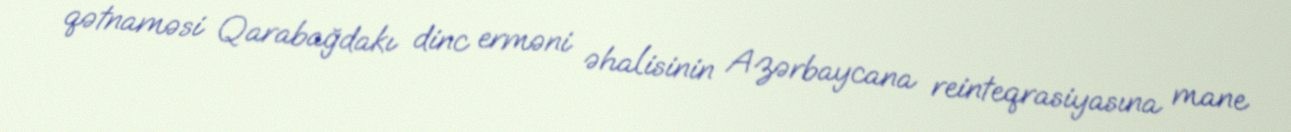
qətnaməsi Qarabağdakı dinc erməni əhalisinin Azərbaycana reinteqrasiyasına mane